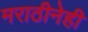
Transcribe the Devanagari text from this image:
मराठीनेही